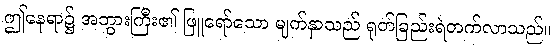
ဤနေရာ၌ အဘွားကြီး၏ ဖြူရော်သော မျက်နှာသည် ရုတ်ခြည်းရဲတက်လာသည်။